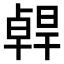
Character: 𠧄